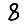
Digit: 8